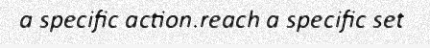
a specific action.reach a specific set